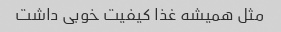
مثل همیشه غذا کیفیت خوبی داشت